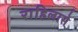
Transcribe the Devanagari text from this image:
राहिलासे